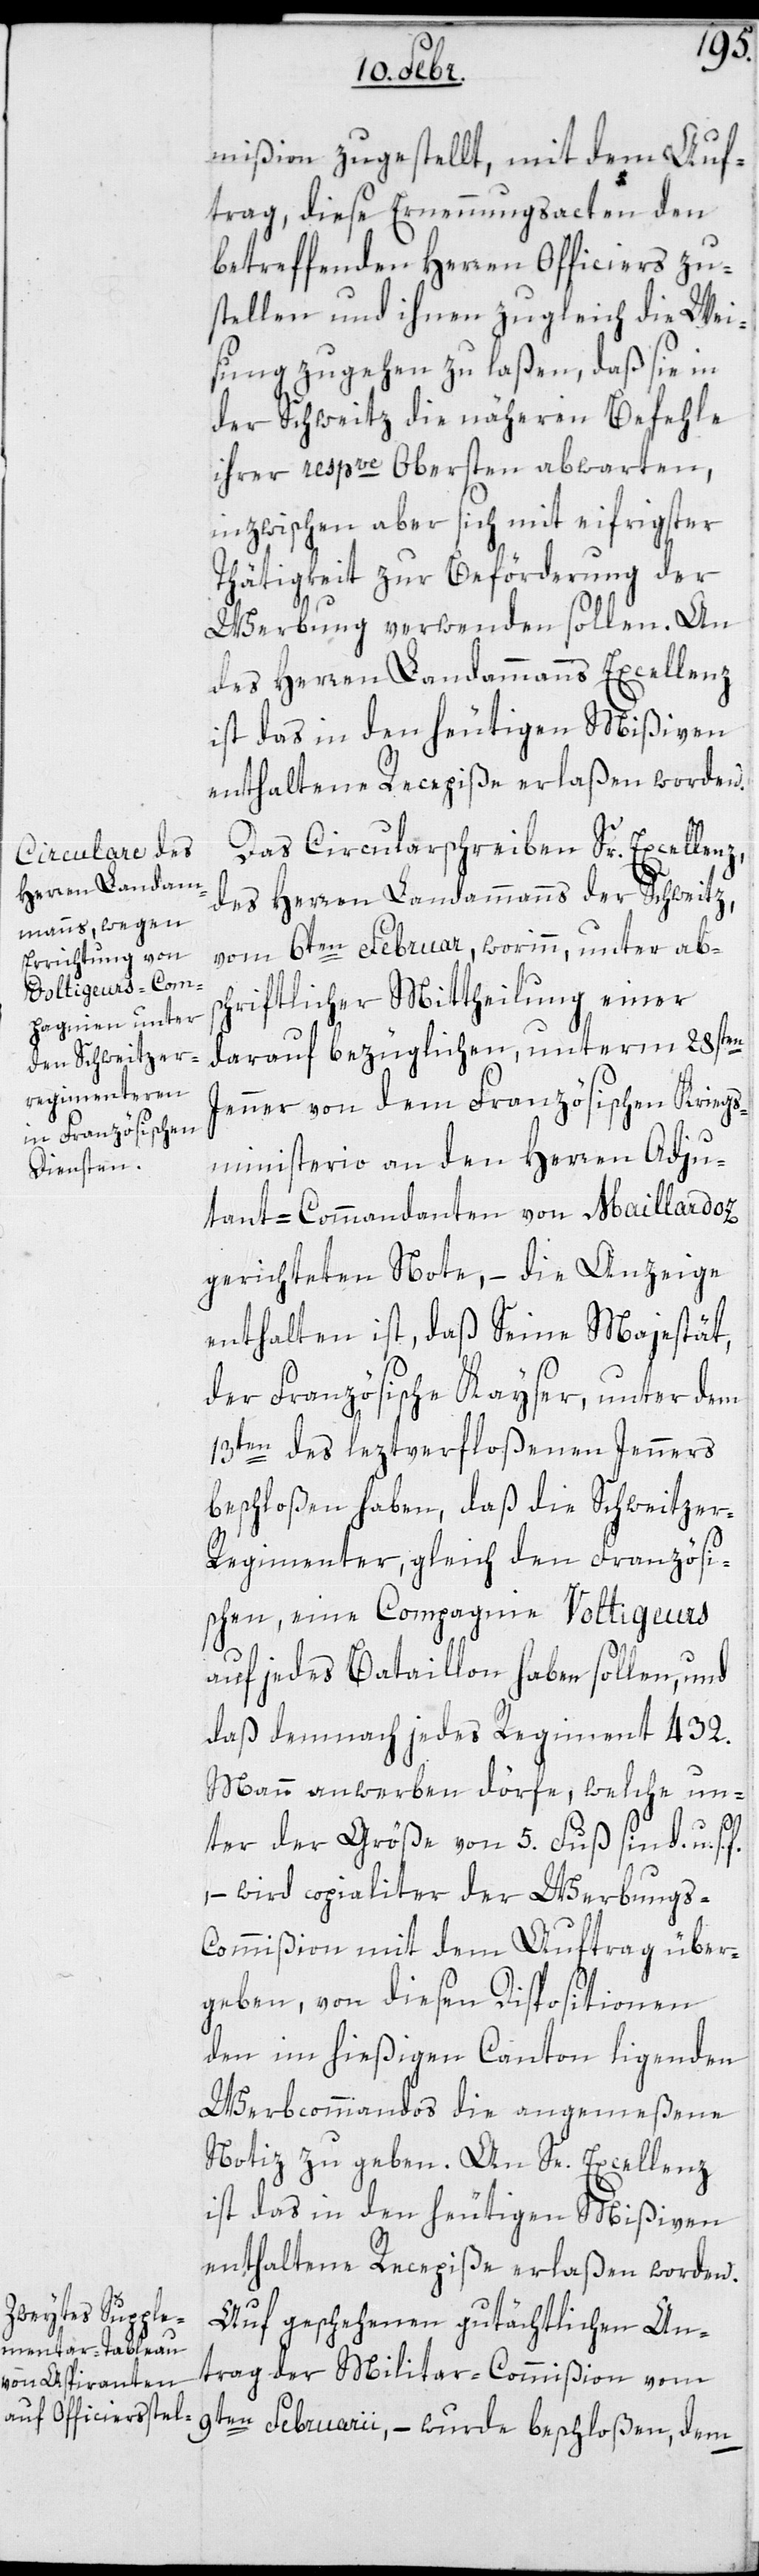
mißion zugestellt, mit dem Auf¬
trag, diese Ernennungsacten den
betreffenden Herren Officiers zu¬
stellen und ihnen zugleich die Wei¬
sung zugehen zu laßen, daß sie in
der Schweitz die näheren Befehle
ihrer respve Obersten abwarten,
inzwischen aber sich mit eifrigster
Thätigkeit zur Beförderung der
Werbung verwenden sollen. An
des Herren Landammanns Excellenz
ist das in den heutigen Mißiven
enthaltene Recepiße erlaßen worden.
Das Circularschreiben Sr Excellenz
des Herren Landammanns der Schweitz
vom 6ten Februar, worinn unter abs¬
chriftlicher Mittheilung einer
darauf bezüglichen, unterm 28sten
Jenner von dem Französischen Krieg¬
ministerio an den Herren Adju¬
dant-Commandanten von Maillardoz
gerichteten Note, – die Anzeige
enthalten ist, daß Seine Majestät
der Französische Kayser, unter dem
13ten des leztverfloßenen Jenners
beschloßen haben, daß die Schweitzer¬
regimenter gleich den Französi¬
schen, eine Compagnie Voltigeurs
auf jedes Bataillon haben sollen, und
daß demnach jedes Regiment 432.
Mann anwerben dörfe, welche un¬
ter der Größe von 5. Fuß sind, u. s.
– wird copialiter der Werbungs-C¬
ommißion mit dem Auftrag über¬
geben, von diesen Dispositionen
den im hießigen Canton ligenden
Werbcommandos die angemeßene
Notiz zu geben. An Se. Excellenz
ist das in den heutigen Mißiven
enthaltene Recepiße erlaßen worden.
Auf geschehenen gutächtlichen An¬
trag der Militar-Commißion vom
9ten Februarii, – wurde beschloßen, dem